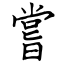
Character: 嘗